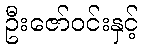
ဦးဇော်ဝင်းနှင့်